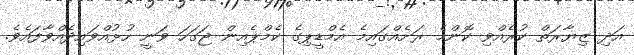
އަދި ޒިޔާރަތް ކުރެއްވި ކޮންމެ ރަށެއްގައިމެ އެމްޑީޕިގެ ކެމްޕެއިން ޖަގަހަ ވަނީ ހުޅުއްވައިދެއްވާފައެވެ.